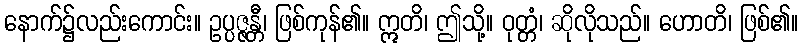
နောက်၌လည်းကောင်း။ ဥပ္ပဇ္ဇန္တီ၊ ဖြစ်ကုန်၏။ ဣတိ၊ ဤသို့။ ဝုတ္တံ၊ ဆိုလိုသည်။ ဟောတိ၊ ဖြစ်၏။